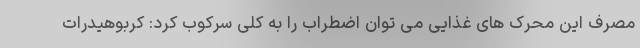
مصرف این محرک های غذایی می توان اضطراب را به کلی سرکوب کرد: کربوهیدرات